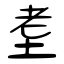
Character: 耊